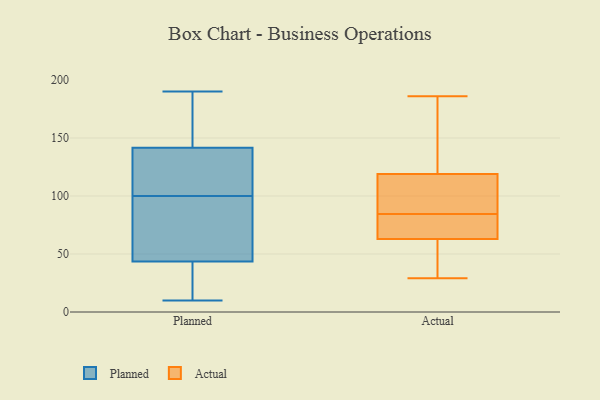
{"axis": {"x": "Conversion Rate (%)", "y": "Value"}, "legend": ["Actual", "Planned"], "data": [{"x": "", "y": 155, "type": "Planned"}, {"x": "", "y": 40, "type": "Planned"}, {"x": "", "y": 98, "type": "Planned"}, {"x": "", "y": 175, "type": "Planned"}, {"x": "", "y": 190, "type": "Planned"}, {"x": "", "y": 62, "type": "Planned"}, {"x": "", "y": 119, "type": "Planned"}, {"x": "", "y": 10, "type": "Planned"}, {"x": "", "y": 102, "type": "Planned"}, {"x": "", "y": 66, "type": "Planned"}, {"x": "", "y": 186, "type": "Planned"}, {"x": "", "y": 128, "type": "Planned"}, {"x": "", "y": 25, "type": "Planned"}, {"x": "", "y": 47, "type": "Planned"}, {"x": "", "y": 36, "type": "Planned"}, {"x": "", "y": 103, "type": "Planned"}, {"x": "", "y": 65, "type": "Actual"}, {"x": "", "y": 75, "type": "Actual"}, {"x": "", "y": 186, "type": "Actual"}, {"x": "", "y": 102, "type": "Actual"}, {"x": "", "y": 29, "type": "Actual"}, {"x": "", "y": 140, "type": "Actual"}, {"x": "", "y": 65, "type": "Actual"}, {"x": "", "y": 57, "type": "Actual"}, {"x": "", "y": 63, "type": "Actual"}, {"x": "", "y": 96, "type": "Actual"}, {"x": "", "y": 33, "type": "Actual"}, {"x": "", "y": 119, "type": "Actual"}, {"x": "", "y": 168, "type": "Actual"}, {"x": "", "y": 94, "type": "Actual"}]}